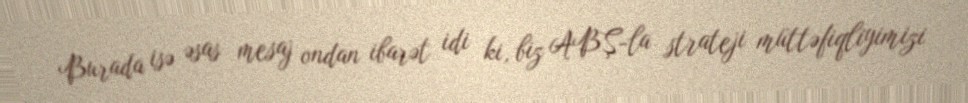
Burada isə əsas mesaj ondan ibarət idi ki, biz ABŞ-la strateji müttəfiqliyimizi